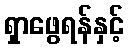
ရှာဖွေရန်နှင့်